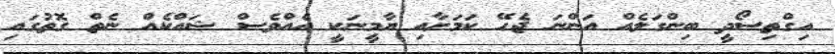
އިގްތިސޯދީ ބިންގަލެއް އަންނަ ޖެހޭ ކަމަށާއި ޔާމީނަކީ އެއްވެސް ޝައްކެއް ނެތް ގޮތުގައި